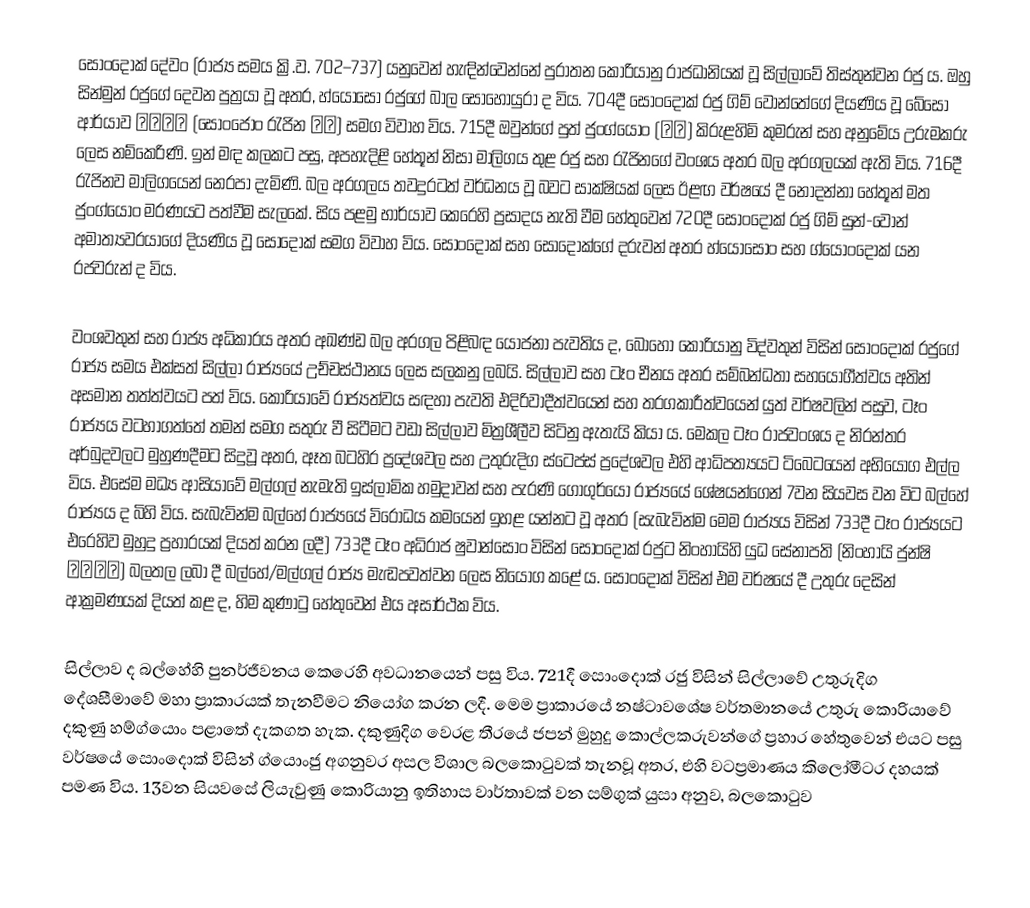
සොංදොක් දේවං (රාජ්‍ය සමය ක්‍රි.ව. 702–737) යනුවෙන් හැඳින්වෙන්නේ පුරාතන කොරියානු රාජධානියක් වූ සිල්ලාවේ තිස්තුන්වන රජු ය. ඔහු සින්මුන් රජුගේ දෙවන පුත්‍රයා වූ අතර, හ්යෝසෝ රජුගේ බාල සොහොයුරා ද විය. 704දී සොංදොක් රජු ගිම් වොන්තේගේ දියණිය වූ බේසෝ ආර්යාව 陪昭夫人 (සොංජොං රැජින 成貞) සමග විවාහ විය. 715දී ඔවුන්ගේ පුත් ජුංග්යොං (重慶) කිරුළහිමි කුමරුන් සහ අනුමේය උරුමකරු ලෙස නම්කෙරිණි. ඉන් මඳ කලකට පසු, අපහැදිළි හේතූන් නිසා මාලිගය තුළ රජු සහ රැජින‍ගේ වංශය අතර බල අරගලයක් ඇති විය. 716දී රැජිනව මාලිගයෙන් නෙරපා දැමිණි. බල අරගලය තවදුරටත් වර්ධනය වූ බවට සාක්ෂියක් ලෙස ඊළඟ වර්ෂයේ දී නොදන්නා හේතූන් මත ජුංග්යොං මරණයට පත්වීම සැලකේ. සිය පළමු භාර්යාව කෙරෙහි ප්‍රසාදය නැති වීම හේතුවෙන් 720දී සොංදොක් රජු ගිම් සුන්-වොන් අමාත්‍යවරයාගේ දියණිය වූ සෝදොක් සමග විවාහ විය. සොංදොක් සහ සෝදොක්ගේ දරුවන් අතර හ්යෝසොං සහ ග්යොංදොක් යන රජවරුන් ද විය.

වංශවතුන් සහ රාජ්‍ය අධිකාරය අතර අඛණ්ඩ බල අරගල පිළිබඳ යෝජනා පැවතිය ද, බොහෝ කොරියානු විද්වතුන් විසින් සොංදොක් රජුගේ රාජ්‍ය සමය එක්සත් සිල්ලා රාජ්‍යයේ උච්චස්ථානය ලෙස සලකනු ලබයි. සිල්ලාව සහ ටෑං චීනය අතර සම්බන්ධතා සහයෝගීත්වය අතින් අසමාන තත්ත්වයට පත් විය. කොරියාවේ රාජ්‍යත්වය සඳහා පැවති එදිරිවාදීත්වයෙන් සහ තරගකාරීත්වයෙන් යුත් වර්ෂවලින් පසුව, ටෑං රාජ්‍යය වටහාගත්තේ තමන් සමග සතුරු වී සිටීමට වඩා සිල්ලාව මිත්‍රශීලීව සිටිනු ඇතැයි කියා ය. මෙකල ටෑං රාජවංශය ද නිරන්තර අර්බුදවලට මුහුණදීමට සිදුවූ අතර, ඈත බටහිර ප්‍රදේශවල සහ උතුරුදිග ස්ටෙප්ස් ප්‍රදේශවල එහි ආධිපත්‍යයට ටිබෙටයෙන් අභියෝග එල්ල විය. එසේම මධ්‍ය ආසියාවේ මල්ගල් නැමැති ඉස්ලාමික හමුදාවන් සහ පැරණි ගොගුර්යෝ රාජ්‍යයේ ශේෂයන්ගෙන් 7වන සියවස වන විට බල්හේ රාජ්‍යය ද බිහි විය. සැබැවින්ම බල්හේ රාජ්‍යයේ විරෝධය කමයෙන් ඉහළ යන්නට වූ අතර (සැබැවින්ම මෙම රාජ්‍යය විසින් 733දී ටෑං රාජ්‍යයට එරෙහිව මුහුදු ප්‍රහාරයක් දියත් කරන ලදී) 733දී ටෑං අධිරාජ ෂුවාන්සොං විසින් සොංදොක් රජුට නිංහායිහි යුධ සේනාපති (නිංහායි ජුන්ෂි 寧海軍使) බලතල ලබා දී බල්හේ/මල්ගල් රාජ්‍ය මැඬපවත්වන ලෙස නියෝග කළේ ය. සොංදොක් විසින් එම වර්ෂයේ දී උතුරු දෙසින් ආක්‍රමණයක් දියත් කළ ද, හිම කුණාටු හේතුවෙන් එය අසාර්ථක විය.

සිල්ලාව ද බල්හේහි පුනර්ජීවනය කෙරෙහි අවධානයෙන් පසු විය. 721දී සොංදොක් රජු විසින් සිල්ලාවේ උතුරුදිග දේශසීමාවේ මහා ප්‍රාකාරයක් තැනවීමට නියෝග කරන ලදී. මෙම ප්‍රාකාරයේ නෂ්ටාවශේෂ වර්තමානයේ උතුරු කොරියාවේ දකුණු හම්ග්යොං පළාතේ දැකගත හැක. දකුණුදිග වෙරළ තීරයේ ජපන් මුහුදු කොල්ලකරුවන්ගේ ප්‍රහාර හේතුවෙන් එයට පසු වර්ෂයේ සොංදොක් විසින් ග්යොංජු අගනුවර අසල විශාල බලකොටුවක් තැනවූ අතර, එහි වටප්‍රමාණය කිලෝමීටර දහයක් පමණ විය. 13වන සියවසේ ලියැවුණු කොරියානු ඉතිහාස වාර්තාවක් වන සම්ගුක් යුසා අනුව, බලකොටුව